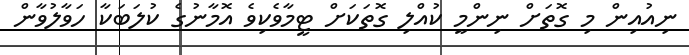
ނިއުއިން މި ގޮތަށް ނިންމީ ކުއްލި ގޮތަކަށް ޓީމާވެކިވެ އޮމާނުގެ ކުލަބަކާ ހަވާލުވާން